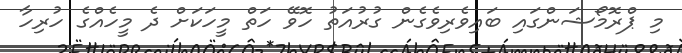
މި ޕްރޮމޯޝަންގައި ބައިވެރިވެގެން ގުރުއަތު ހޮވޭ ހަތް މީހަކަށް ދެ މީހެއްގެ ހުރިހާ